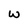
Character: W